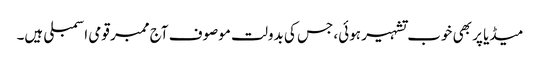
میڈیا پر بھی خوب تشہیر ہوئی، جس کی بدولت موصوف آج ممبر قومی اسمبلی ہیں۔